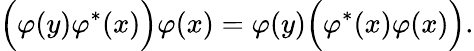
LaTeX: \Bigl(\varphi(y)\varphi^{*}(x)\Bigl)\varphi(x)=\varphi(y)\Bigl(\varphi^{*}(x)\varphi(x)\Bigl).